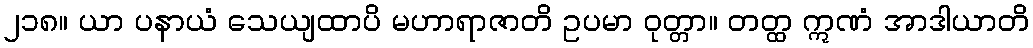
၂၁၈။ ယာ ပနာယံ သေယျထာပိ မဟာရာဇာတိ ဥပမာ ဝုတ္တာ။ တတ္ထ ဣဏံ အာဒါယာတိ